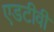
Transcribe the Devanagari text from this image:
एडटीवी